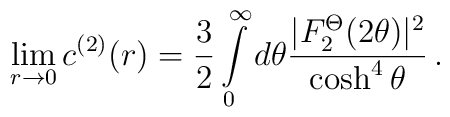
\lim_{r\rightarrow 0}c^{(2)}(r)=\frac{3}{2}\int\limits_{0}^{\infty }d\theta \frac{|F_{2}^{\Theta }(2\theta )|^{2}}{\cosh ^{4}\theta }\,.